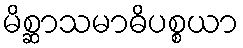
မိစ္ဆာသမာဓိပစ္စယာ